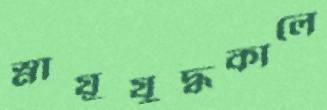
স্নায়ুযুদ্ধকালে